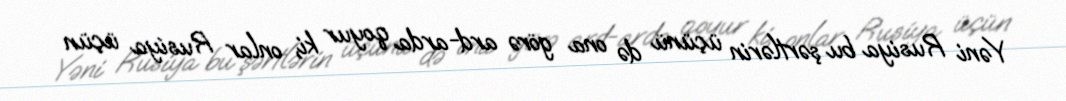
Yəni Rusiya bu şərtlərin üçünü də ona görə ard-arda qoyur ki, onlar Rusiya üçün